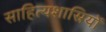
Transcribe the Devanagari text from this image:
साहित्यशास्रियों